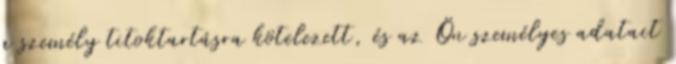
a személy titoktartásra kötelezett, és az Ön személyes adatait